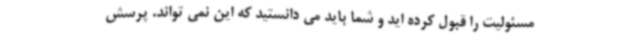
مسئولیت را قبول کرده اید و شما باید می دانستید که این نمی تواند. پرسش